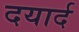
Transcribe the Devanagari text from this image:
दयार्द